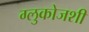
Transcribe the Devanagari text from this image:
ग्लुकोजशी